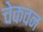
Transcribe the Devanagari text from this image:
चेकवन